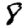
Digit: 8